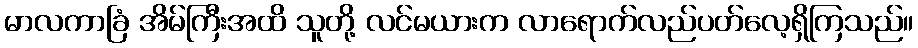
မာလကာခြံ အိမ်ကြီးအထိ သူတို့ လင်မယားက လာရောက်လည်ပတ်လေ့ရှိကြသည်။